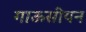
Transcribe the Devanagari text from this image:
गाऊसीयन